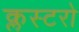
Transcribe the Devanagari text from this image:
क्लस्टरो